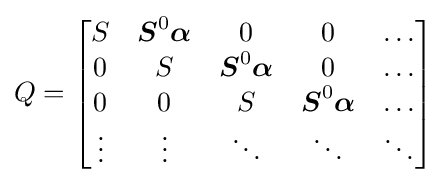
Q=\left[{\begin{matrix}S&{\boldsymbol {S}}^{0}{\boldsymbol {\alpha }}&0&0&\dots \\0&S&{\boldsymbol {S}}^{0}{\boldsymbol {\alpha }}&0&\dots \\0&0&S&{\boldsymbol {S}}^{0}{\boldsymbol {\alpha }}&\dots \\\vdots &\vdots &\ddots &\ddots &\ddots \\\end{matrix}}\right]